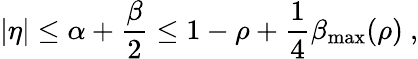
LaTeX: |\eta|\leq\alpha+\frac{\beta}{2}\leq 1-\rho+\frac{1}{4}\beta_{\mathrm{max}}(\rho)~,